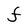
Character: F